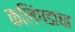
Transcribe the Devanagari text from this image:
कलिंगडाचा